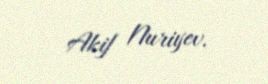
Akif Nuriyev.